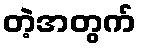
တဲ့အတွက်